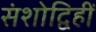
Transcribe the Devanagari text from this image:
संशोद्विहीं